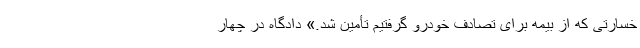
خسارتی که از بیمه برای تصادف خودرو گرفتیم تأمین شد.» دادگاه در چهار